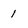
Character: 1